Eesti_Vabariigi_Tartu_Ulikool, lk 90
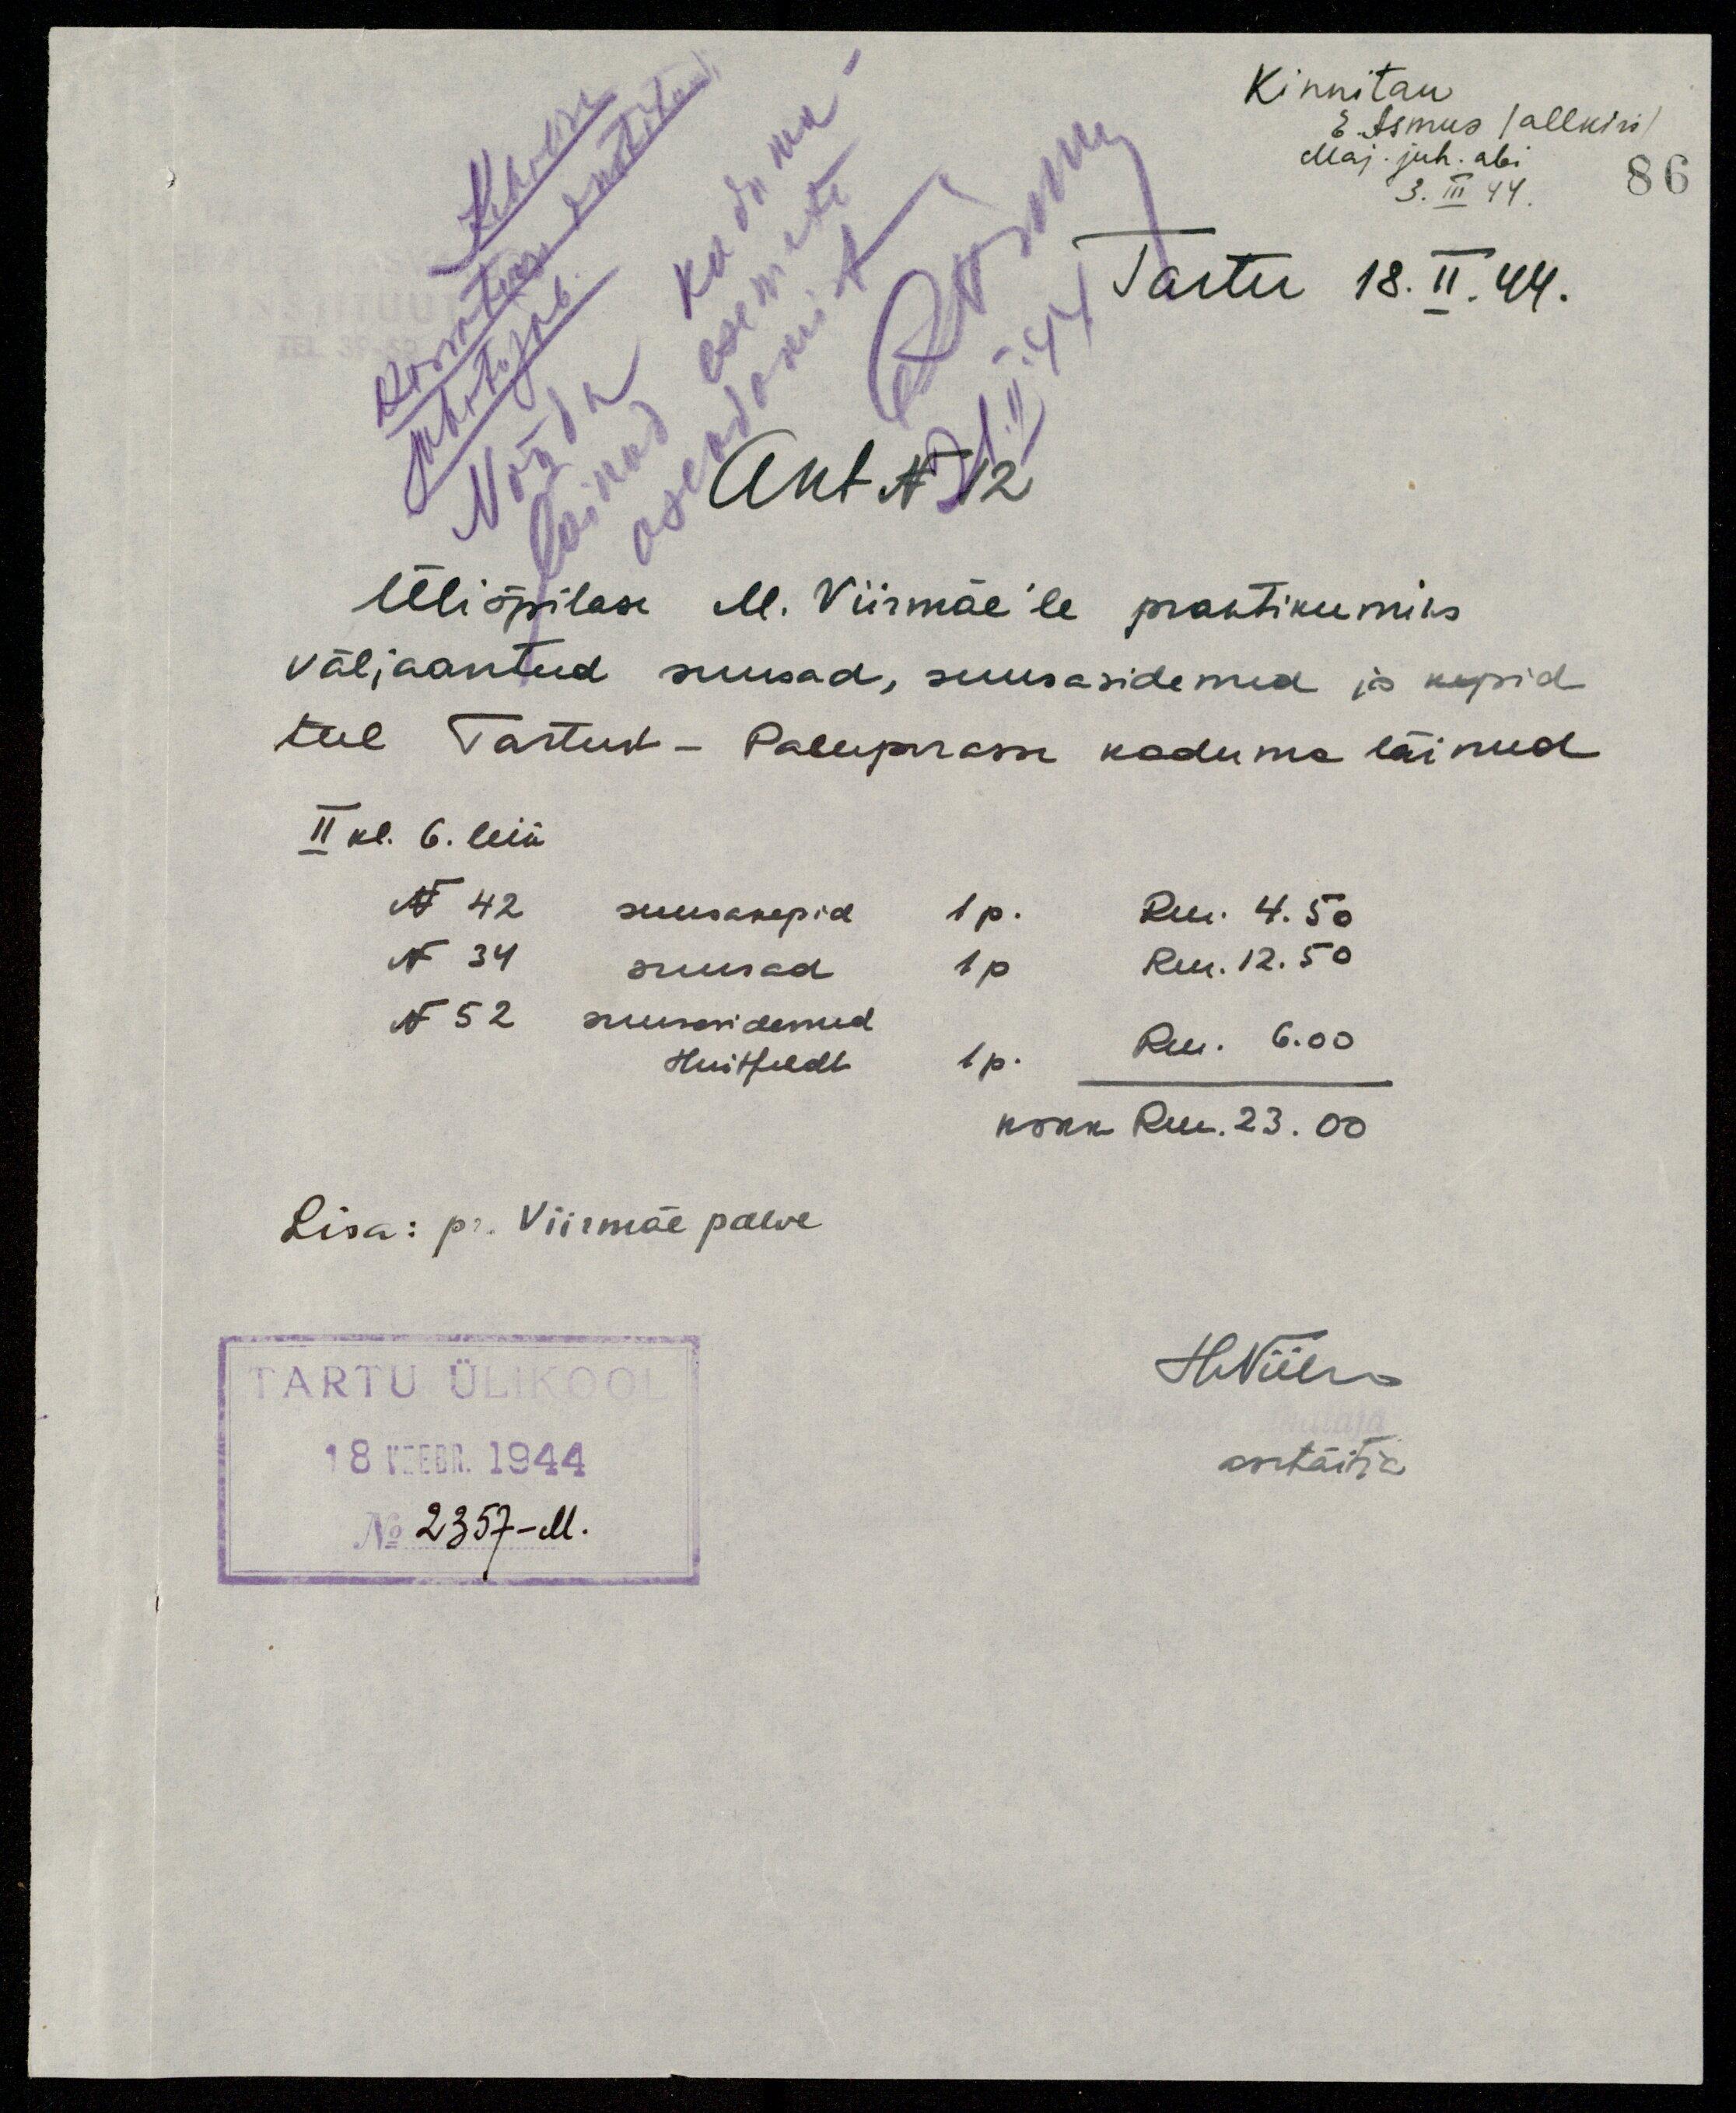
Kinnitan
E. Asmus (allkiri)
Maj. juh. abi
3. III 44.
Tartu 18. II. 44.
Akt N 12
Üliõpilase M. Viirmäe'le praktikumiks
väljaantud suusad, suusasidemed ja kepid
teel Tartust - Paluperasse kaduma läinud
II kl. 6. leiu
N 42 suusakepid 1 p.       Rm. 4.50
N 34 suusad        1 p        Rm. 12.50
N 52 suusasidemed
Huitfeldt               1 p.       Rm. 6.00
kokku                                 Rm. 23.00
Lisa: pr. Viirmäe palve
TARTU ÜLIKOOL
18 VEEBR. 1944
No 2357-M.
H.Viirma
asetäitja